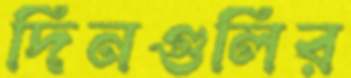
দিনগুলির